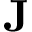
\mathbf { J }